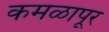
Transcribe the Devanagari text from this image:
कमळापूर